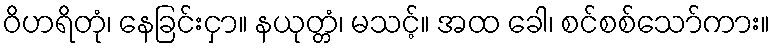
ဝိဟရိတုံ၊ နေခြင်းငှာ။ နယုတ္တံ၊ မသင့်။ အထ ခေါ၊ စင်စစ်သော်ကား။